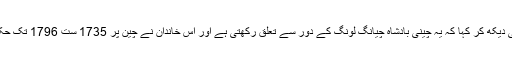
انہوں نے کیتلی دیکھ کر کہا کہ یہ چینی بادشاہ چیانگ لونگ کے دور سے تعلق رکھتی ہے اور اس خاندان نے چین پر 1735 ست 1796 تک حکومت کی تھی۔